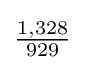
{\tfrac {1,328}{929}}